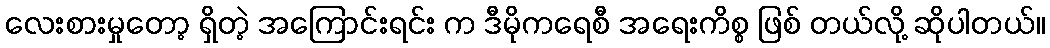
လေးစားမှုတော့ ရှိတဲ့ အကြောင်းရင်း က ဒီမိုကရေစီ အရေးကိစ္စ ဖြစ် တယ်လို့ ဆိုပါတယ်။